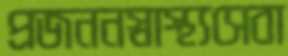
প্রজননস্বাস্থ্যসেবা